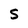
Character: s